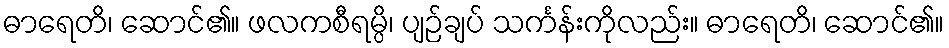
ဓာရေတိ၊ ဆောင်၏။ ဖလကစီရမ္ပိ၊ ပျဉ်ချပ် သင်္ကန်းကိုလည်း။ ဓာရေတိ၊ ဆောင်၏။